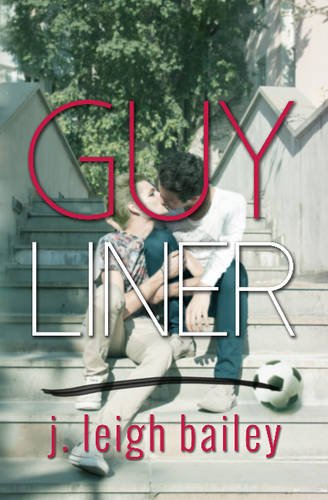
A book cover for Guyliner; j. leigh bailey; Teen & Young Adult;